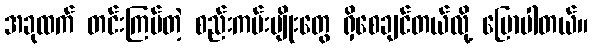
အခုထက် တင်းကြပ်တဲ့ စည်းကမ်းမျိုးတွေ ရှိစေချင်တယ်လို့ ပြောပါတယ်။